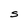
Character: S